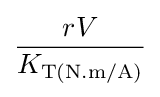
{\frac {rV}{K_{\text{T(N.m/A)}}}}